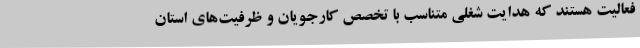
فعالیت هستند که هدایت شغلی متناسب با تخصص کارجویان و ظرفیت‌های استان